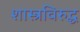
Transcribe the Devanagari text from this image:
शास्त्रविरुद्ध